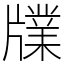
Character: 㸣